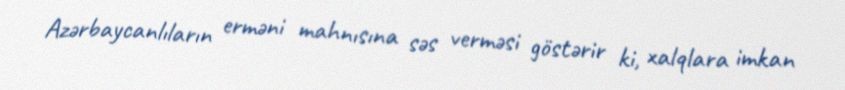
Azərbaycanlıların erməni mahnısına səs verməsi göstərir ki, xalqlara imkan